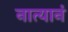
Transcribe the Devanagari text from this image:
नात्यानं